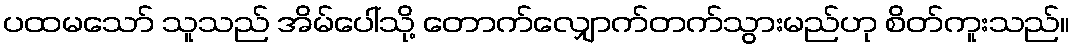
ပထမသော် သူသည် အိမ်ပေါ်သို့ တောက်လျှောက်တက်သွားမည်ဟု စိတ်ကူးသည်။